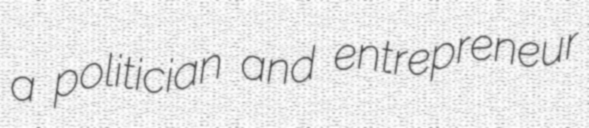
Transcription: a politician and entrepreneur